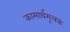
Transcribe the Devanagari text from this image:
कामार्थमूलक